Civil Veterinary Department Bengal reports 1923-33 - 1923-1933
Year: 1923
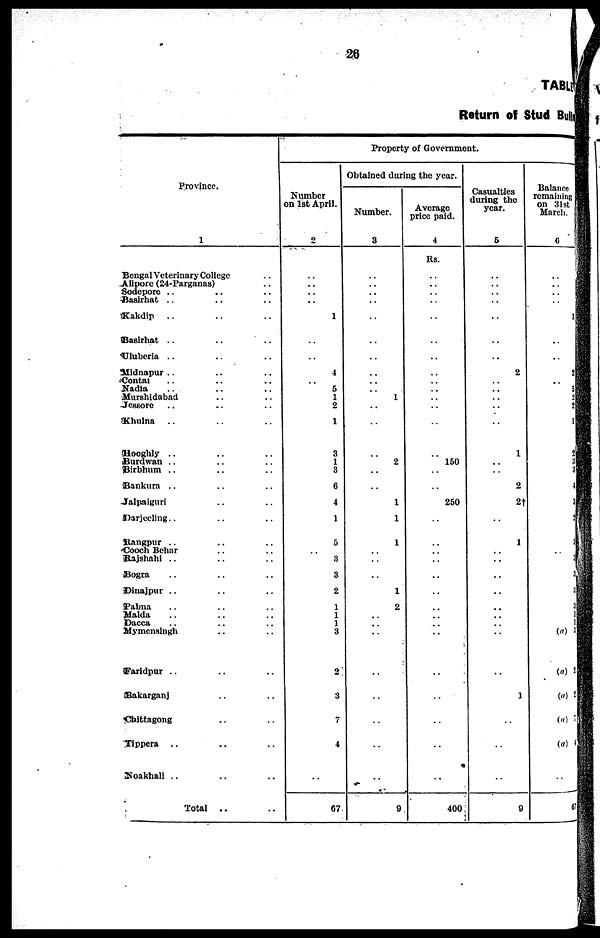
26
TABLE
Return of Stud Bull
Province.
1
Bengal Veterinary College ..
Alipore (24-Parganas) ..
Sodepore .. .. ..
Basirhat .. .. ..
Kakdip .. .. ..
Basirhat .. .. ..
Uluberia .. .. ..
Midnapur .. .. ..
Contai .. .. ..
Nadia .. .. ..
Murshidabad .. ..
Jessore .. .. ..
Khuina .. .. ..
Hooghly .. .. ..
Burdwan .. .. ..
Birbhum .. .. ..
Bankura .. .. ..
Jalpaiguri .. ..
Darjeeling .. .. ..
Rangpur .. .. ..
Cooch Behar .. ..
Rajshahi .. .. ..
Bogra .. .. ..
Dinajpur .. .. ..
Pabna .. .. ..
Malda .. .. ..
Dacca .. .. ..
Mymensingh .. ..
Faridpur .. .. ..
Bakarganj .. ..
Chittagong .. ..
Tippera .. .. ..
Noakhali .. .. ..
Total .. ..
Property of Government.
Number
on 1st April.
2
..
..
..
..
1
..
..
4
..
5
1
2
1
3
1
3
6
4
1
5
..
3
3
2
1
1
1
3
2
3
7
4
..
67
Obtained during the year.
Number.
3
..
..
..
..
..
..
..
..
..
..
1
..
..
..
2
..
..
1
1
1
..
..
..
1
2
..
..
..
..
..
..
..
..
9
Average
price paid.
4
Rs.
..
..
..
..
..
..
..
..
..
..
..
..
..
..
150
..
..
250
..
..
..
..
..
..
..
..
..
..
..
..
..
..
..
400
Casualties
during the
year.
5
..
..
..
..
..
..
..
2
..
..
..
..
..
1
..
..
2
2†
..
1
..
..
..
..
..
..
..
..
..
1
..
..
..
9
Balance
remaining
on 31st
March.
6
..
..
..
..
..
..
..
..
(a)
(a)
(a)
(a)
(a)
..
6